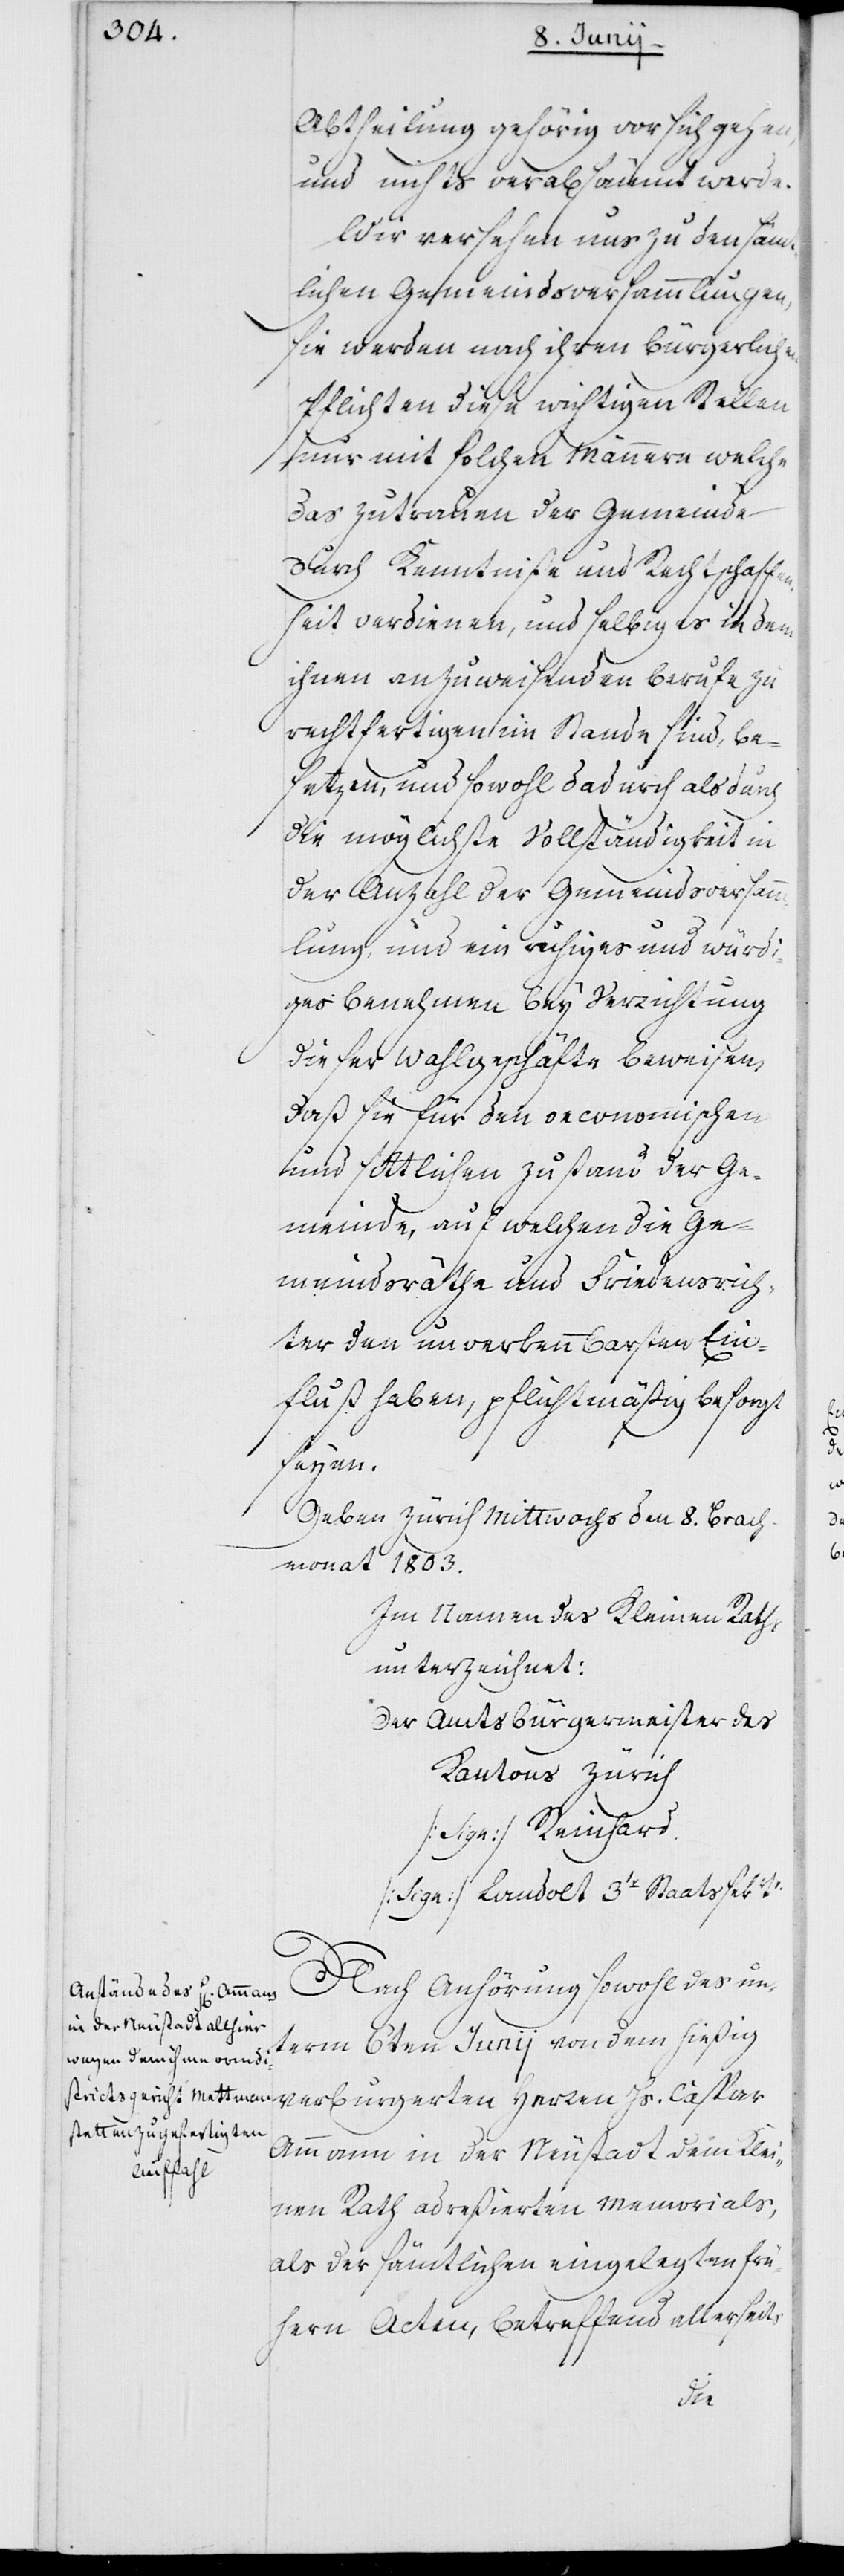
Abtheilung gehörig vor sich gehen,
und nichts verabsäumt werde.
Wir versehen uns zu den sämt¬
lichen Gemeindsversammlungen,
sie werden nach ihren bürgerlichen
Pflichten diese wichtigen Stellen
nur mit solchen Männern welche
das Zutrauen der Gemeinde
durch Kenntniße und Rechtschaffen¬
heit verdienen, und selbiges in dem
ihnen anzuweisenden Berufe zu
rechtfertigen im Stande sind, be¬
setzen, und sowohl dadurch als durch
die möglichste Vollständigkeit in
der Anzahl der Gemeindsversamm¬
lung, und ein ruhiges und würdi¬
ges Benehmen bey Verrichtung
dieser Wahlgeschäfte beweisen,
daß sie für den oeconomischen
und sittlichen Zustand der Ge¬
meinde, auf welchen die Ge¬
meinderäthe und Friedensrich¬
ter den unverkennbarsten Ein¬
fluß haben, pflichtmäßig besorgt
seyen.
Geben Zürich Mittwochs den 8. Brach¬
monat 1803.
Im Namen des Kleinen Raths
unterzeichnet:
Der Amtsbürgermeister des
Kantons Zürich
(Sign.) Reinhard.
(Sign.) Landolt, 3ter Staatssekretär.
Nach Anhörung sowohl des un¬
term 6ten Junij von dem hießig
verburgerten Herren Hs. Caspar
Ammann in der Neustadt dem Klei¬
nen Rath adreßierten Memorials,
als der sämtlichen eingelegten frü¬
hern Acten, betreffend allerseits